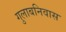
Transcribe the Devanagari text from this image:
गुलाबनिवास